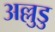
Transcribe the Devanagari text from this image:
अल्लुडु